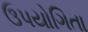
ઉપયોગિતા